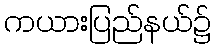
ကယားပြည်နယ်၌